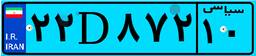
۹۷D۱۶۸۵۲